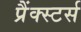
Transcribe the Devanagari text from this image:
प्रैंक्स्टर्स